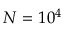
N = 1 0 ^ { 4 }